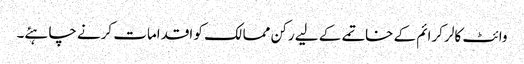
وائٹ کالر کرائم کے خاتمے کے لیے رکن ممالک کو اقدامات کرنے چاہئے۔